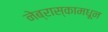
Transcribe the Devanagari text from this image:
नेब्रास्कामधून